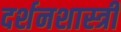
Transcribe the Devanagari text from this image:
दर्शनशास्‍त्री